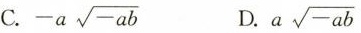
C. -a\sqrt{-ab} D.a\sqrt{-ab}